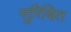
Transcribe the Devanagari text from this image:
सुरिक्षित